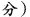
分)